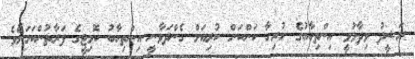
ރަޝީދު ވިދާޅުވީ އިންތިހާބުގެ ހުރިހާ ކަންކަން ކުރިއަށް ގެންދަވާނީ އިންތިހާބު ކޮމިޓީގެ ފަރާތުންކަމަށެވެ.